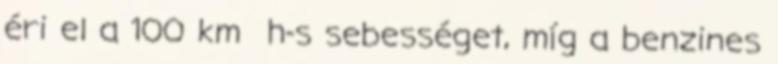
éri el a 100 km h-s sebességet, míg a benzines